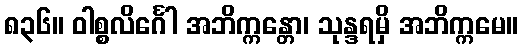
၈၃၆။ ဝါစ္စလိင်္ဂေါ အဘိက္ကန္တော၊ သုန္ဒရမှိ အဘိက္ကမေ။